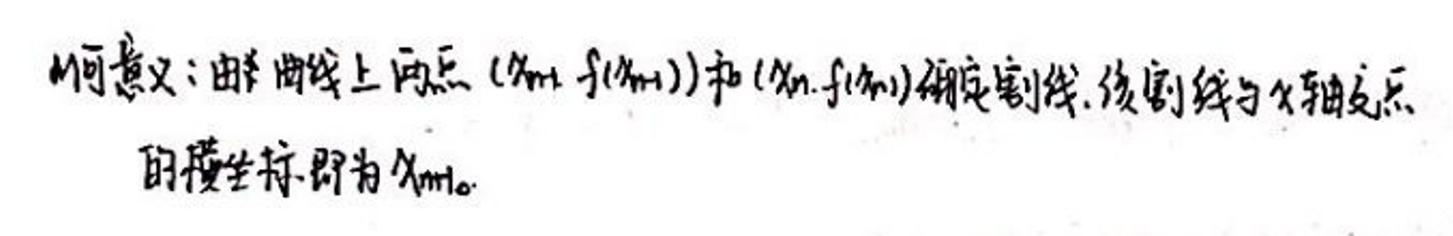
几何意义：由曲线上两点\((x_{n - 1},f(x_{n - 1}))\)和\((x_{n},f(x_{n}))\)确定割线，该割线与\(x\)轴交点的横坐标即为\(x_{n+1}\)。